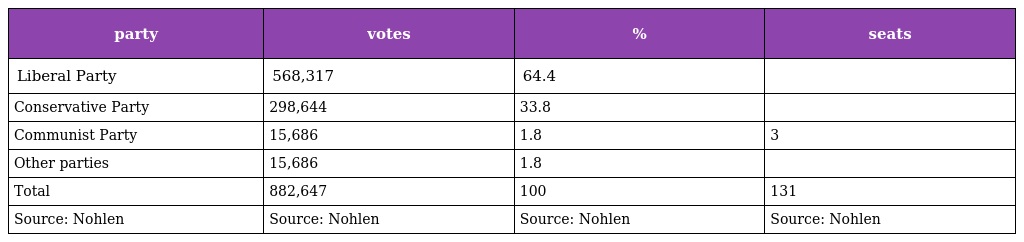
| party | votes | % | seats |
 | --- | --- | --- | --- |
 | Liberal Party | 568,317 | 64.4 |  |
 | Conservative Party | 298,644 | 33.8 |  |
 | Communist Party | 15,686 | 1.8 | 3 |
 | Other parties | 15,686 | 1.8 |  |
 | Total | 882,647 | 100 | 131 |
 | Source: Nohlen | Source: Nohlen | Source: Nohlen | Source: Nohlen |